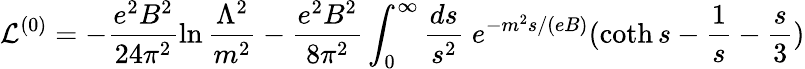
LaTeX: {\cal L}^{(0)}=-\frac{e^{2}B^{2}}{24\pi^{2}}\ln\frac{\Lambda^{2}}{m^{2}}-\frac{e^{2}B^{2}}{8\pi^{2}}\int_{0}^{\infty}\frac{ds}{s^{2}}\; e^{-m^{2}s/(eB)}(\coth s-\frac{1}{s}-\frac{s}{3})